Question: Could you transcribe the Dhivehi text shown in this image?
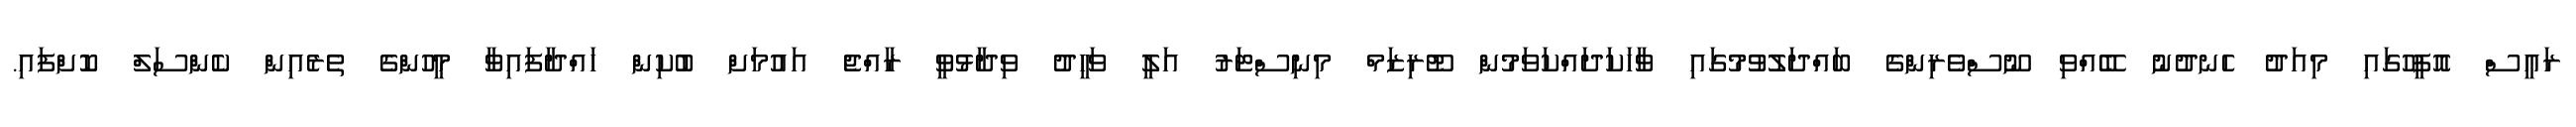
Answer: ރައީސް އޮފީހުގައި މިއަދު ހެނދުނު ބޭއްވި ނޫސްވެރިންގެ ބައްދަލުވުމުގައި ވާހަކަދައްކަވަމުން ޓޫރިޒަމް މިނިސްޓަރު އަލީ ވަހީދު ވިދާޅުވީ ރާއްޖެ އައުމަށް ބުކިން ހައްދާފައިވާ މީހުންގެ ތެރެއިން ކެންސަލް ކޮށްފައި.